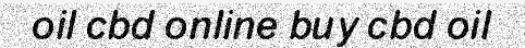
oil cbd online buy cbd oil